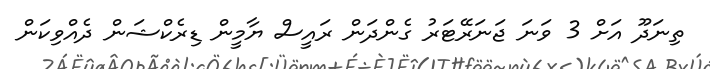
ތިނަދޫ އަށް 3 ވަނަ ޖަނަރޭޓަރު ގެންދަން ރައީސް ޔާމީން ޑިރެކްޝަން ދެއްވިކަން